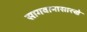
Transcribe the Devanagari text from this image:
सागवानासारखे